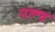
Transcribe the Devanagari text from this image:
गल्च